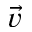
\vec { v }